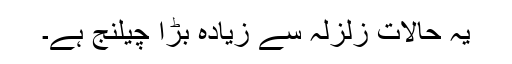
یہ حالات زلزلہ سے زیادہ بڑا چیلنج ہے۔